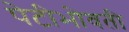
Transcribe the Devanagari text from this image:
पेटीभोवती